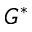
G ^ { * }